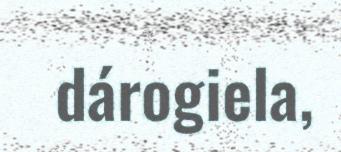
dárogiela,